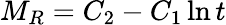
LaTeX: M_{R}=C_{2}-C_{1}\ln t